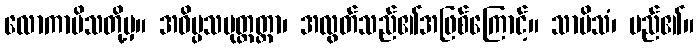
လောကာမိသတို့မှ။ အဝိပ္ပသမုတ္တတ္တာ၊ အလွတ်သည်၏အဖြစ်ကြောင့်။ သာမိသံ၊ မည်၏။